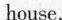
house.